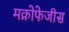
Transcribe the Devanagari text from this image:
मक्रोफेजीस